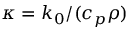
\kappa = k _ { 0 } / ( c _ { p } \rho )